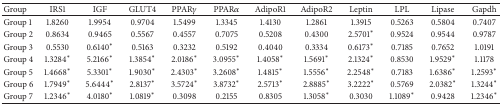
<table><thead><tr><td><b>Group </b></td><td><b>IRS1</b></td><td><b>IGF</b></td><td><b>GLUT4</b></td><td><b>PPAR<i>γ</i></b></td><td><b>PPAR<i>α</i></b></td><td><b>AdipoR1</b></td><td><b>AdipoR2</b></td><td><b>Leptin</b></td><td><b>LPL</b></td><td><b>Lipase</b></td><td><b>Gapdh</b></td></tr></thead><tbody><tr><td>Group 1</td><td>1.8260</td><td>1.9954</td><td>0.9704</td><td>1.5499</td><td>1.3345</td><td>1.4130</td><td>1.2861</td><td>1.3915</td><td>0.5263</td><td>0.5804</td><td>0.7407</td></tr><tr><td>Group 2</td><td>0.8634</td><td>0.9465</td><td>0.5567</td><td>0.4557</td><td>0.7075</td><td>0.5208</td><td>0.4300</td><td>2.5701*</td><td>0.9524</td><td>0.9544</td><td>0.9787</td></tr><tr><td>Group 3</td><td>0.5530</td><td>0.6140*</td><td>0.5163</td><td>0.3232</td><td>0.5192</td><td>0.4040</td><td>0.3334</td><td>0.6173*</td><td>0.7185</td><td>0.7652</td><td>1.0191</td></tr><tr><td>Group 4</td><td>1.3284*</td><td>5.2166*</td><td>1.3854*</td><td>2.0186*</td><td>3.0955*</td><td>1.4058*</td><td>1.5691*</td><td>2.1324*</td><td>0.8530</td><td>1.9529*</td><td>1.1178</td></tr><tr><td>Group 5</td><td>1.4668*</td><td>5.3301*</td><td>1.9030*</td><td>2.4303*</td><td>3.2608*</td><td>1.4815*</td><td>1.5556*</td><td>2.2548*</td><td>0.7183</td><td>1.6386*</td><td>1.2593*</td></tr><tr><td>Group 6</td><td>1.7949*</td><td>5.6444*</td><td>2.8137*</td><td>3.5724*</td><td>3.8732*</td><td>2.5713*</td><td>2.8885*</td><td>3.2222*</td><td>0.5769</td><td>2.0382*</td><td>1.3244*</td></tr><tr><td>Group 7</td><td>1.2346*</td><td>4.0180*</td><td>1.0819*</td><td>0.3098</td><td>0.2155</td><td>0.8305</td><td>1.3058*</td><td>0.3030</td><td>1.1089*</td><td>0.9428</td><td>1.2346*</td></tr></tbody></table>